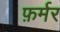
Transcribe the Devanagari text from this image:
फ़र्मर